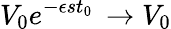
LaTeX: V_{0}e^{-\epsilon st_{0}}\, \to V_{0}